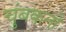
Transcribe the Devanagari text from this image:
चुंबकनों